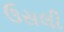
ઉસલી